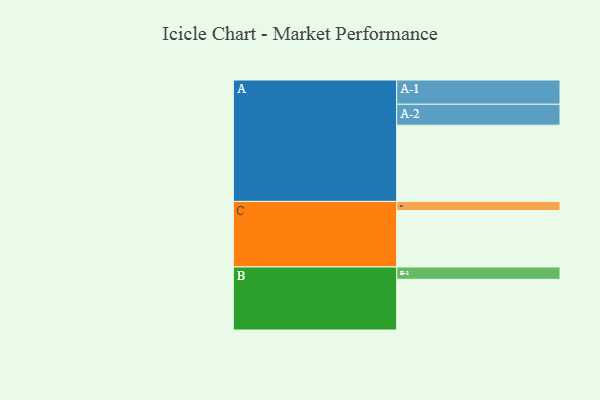
{"axis": {"x": "Segment", "y": "Value"}, "legend": ["", "A", "B", "C"], "data": [{"x": "A", "y": 594, "type": ""}, {"x": "B", "y": 395, "type": ""}, {"x": "C", "y": 440, "type": ""}, {"x": "A-1", "y": 189, "type": "A"}, {"x": "A-2", "y": 163, "type": "A"}, {"x": "B-1", "y": 96, "type": "B"}, {"x": "C-1", "y": 71, "type": "C"}]}